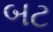
બટ